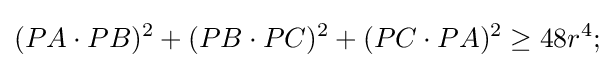
(PA\cdot PB)^{2}+(PB\cdot PC)^{2}+(PC\cdot PA)^{2}\geq 48r^{4};